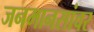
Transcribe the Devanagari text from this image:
जनमानसांवर